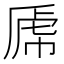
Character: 𰲝